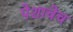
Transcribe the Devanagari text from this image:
पेशाचेच